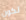
تكون